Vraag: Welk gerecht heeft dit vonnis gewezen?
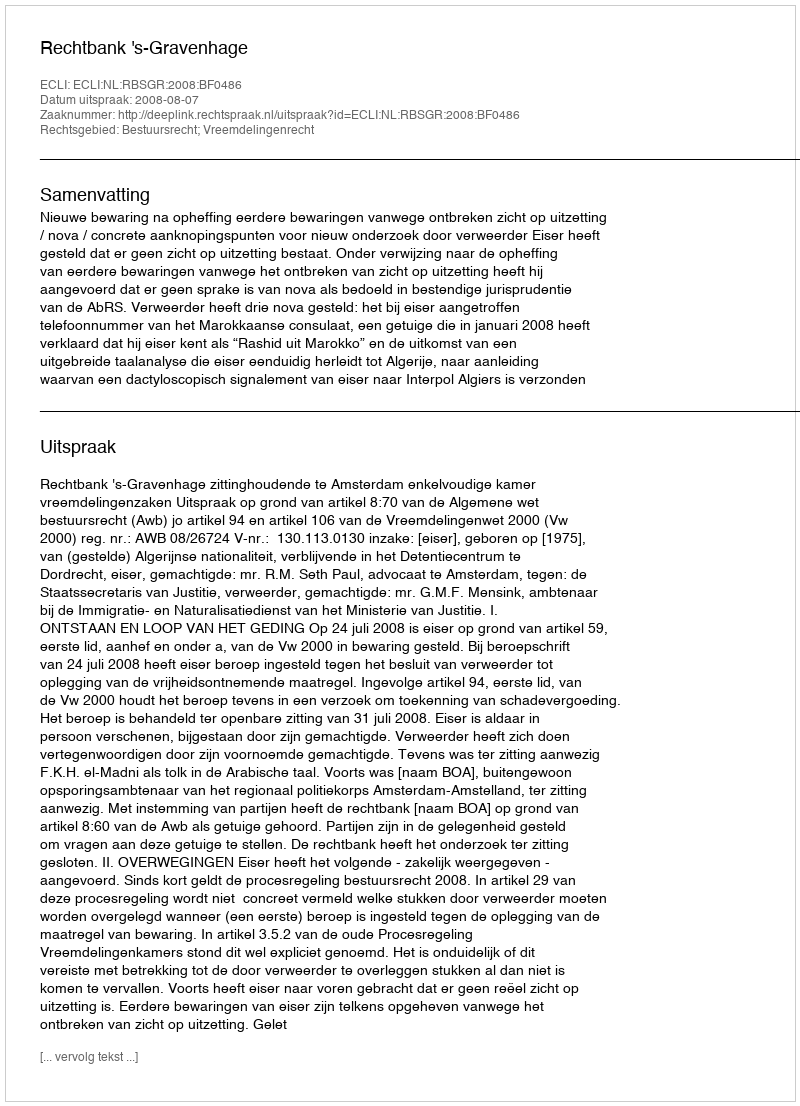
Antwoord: Rechtbank 's-Gravenhage